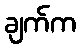
ချက်က